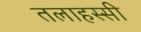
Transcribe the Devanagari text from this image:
तलाहस्सी